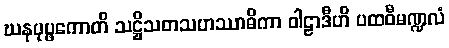
ဃနပုပ္ဖကောတိ သဋ္ဌိသတသဟဿာဓိကာ ဝါဠာဒီဟိ ပထဝီမဏ္ဍလံ